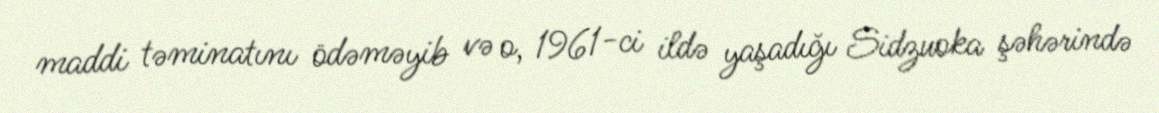
maddi təminatını ödəməyib və o, 1961-ci ildə yaşadığı Sidzuoka şəhərində